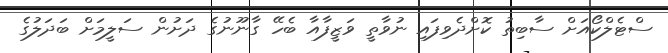
ސްޓެލްކޯއަށް ސާބިތު ކޮށްދެވިފައި ނުވާތީ ވަޒީފާއާ ބެހޭ ގާނޫނުގެ ދަށުން ސަލީމަށް ބަދަލުގެ